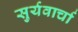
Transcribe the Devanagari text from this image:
सुर्यवार्चा